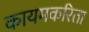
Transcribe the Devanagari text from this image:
कायमकरिता